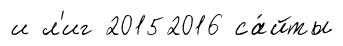
и л'иг 20152016 са́йты